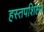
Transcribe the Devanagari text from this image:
हस्तपशिल्प